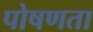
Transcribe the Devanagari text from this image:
पोषणता